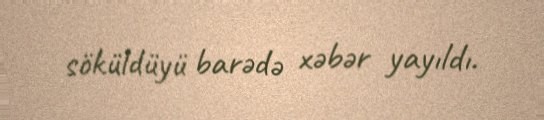
söküldüyü barədə xəbər yayıldı.